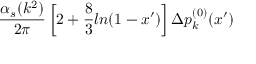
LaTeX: { \frac { \alpha _ { s } ( k ^ { 2 } ) } { 2 \pi } } \left[ 2 + { \frac { 8 } { 3 } } l n ( 1 - x ^ { \prime } ) \right] \Delta p _ { k } ^ { ( 0 ) } ( x ^ { \prime } )